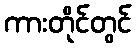
ကားတိုင်တွင်